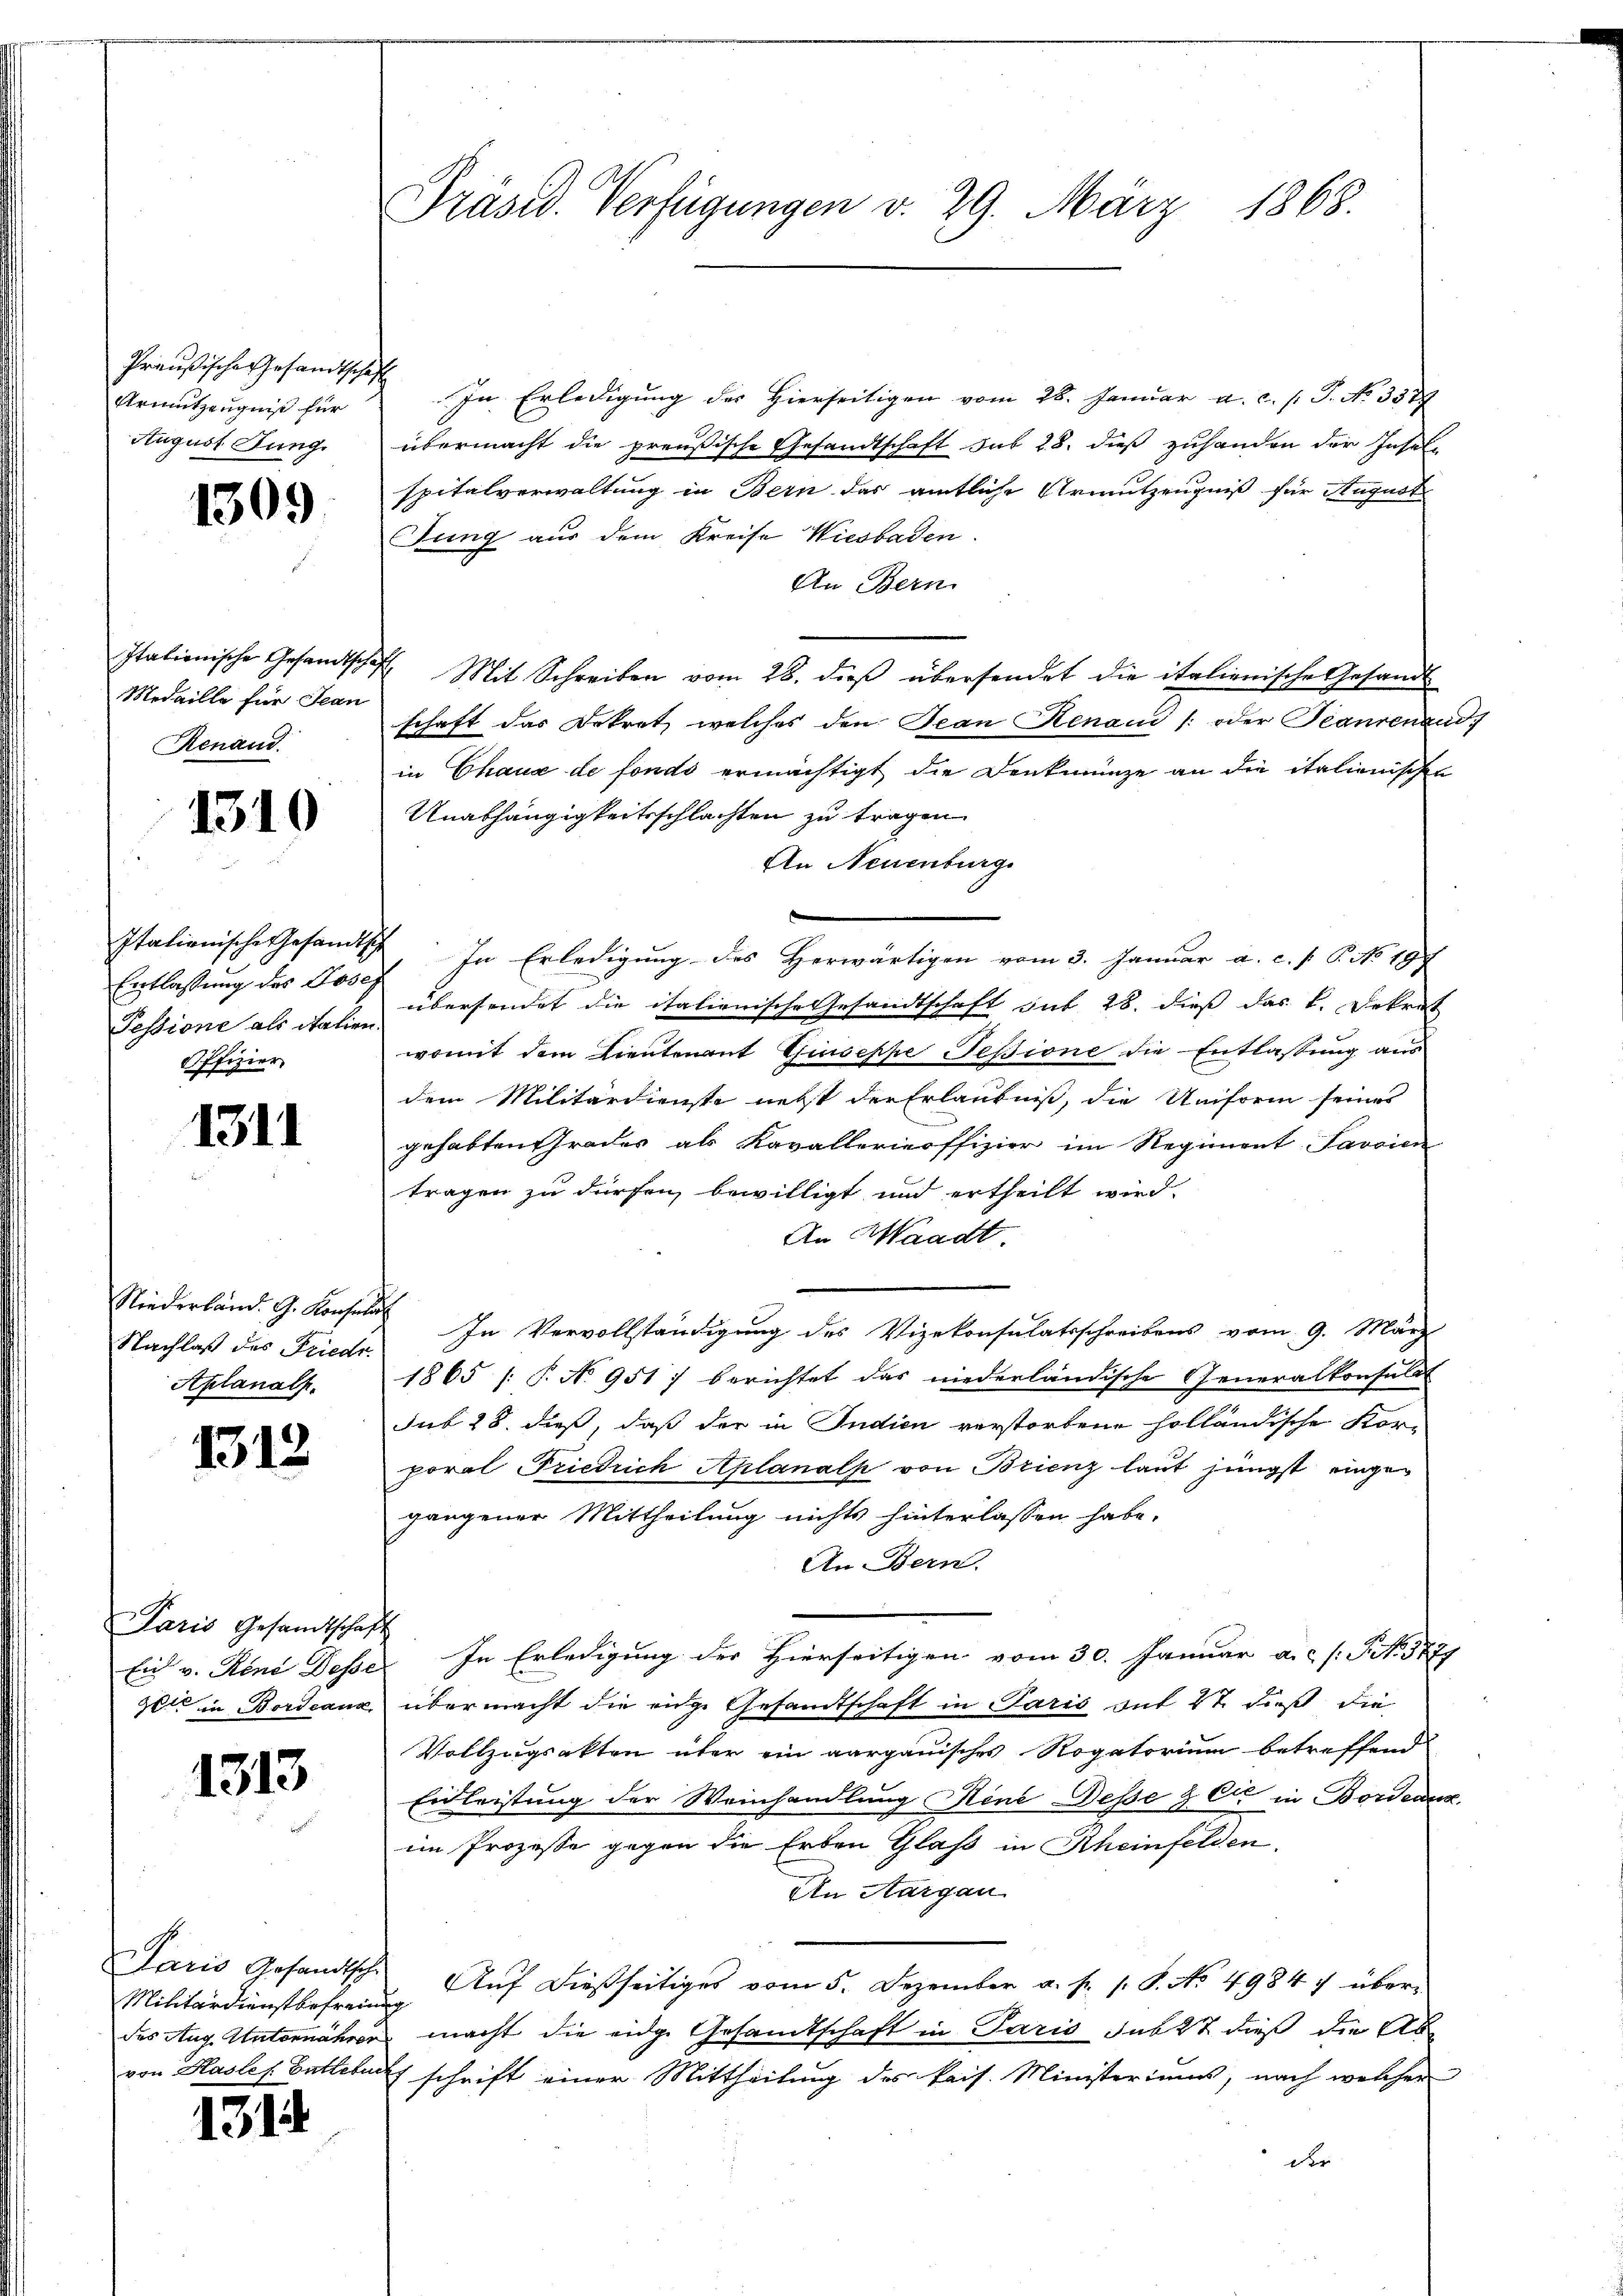
Preußische Gesandtschaf
Armutzeugniß für
August Jung.

1309

Italienische Gesandtsche
Medaille für Jean
Renand.

1310

Entlassung des Josef
Pessione als italien.
Offizier

131

Niederländ. G. Konsulat
Nachlaß des Friedr.
Aplanalp.

1313

Paris Gesandtschaft

1313

Paris Gesandtsch
Militärdienstbefreiung

131

Präsid. Verfügungen v. 29. März 1868.

In Erledigung des Hierseitigen vom 28. Januar a. c. l. J. No. 3377
übermacht die preußische Gesandtschaft sub 28. dieß zuhanden der Inselspitalverwaltung in Bern das amtliche Urmutzeugniß für August
Jung aus dem Kreise Wiesbaden.
An Bern.
F. Mit Schreiben vom 28. dieβ übersendet die italienische Gesandt
schaft das Dekret welches den Tean Renau (: oder Beaurenzad
in Chaux de fondo ermächtigt die Denkmünze an die italienischen
Unabhängigkeitsschlachten zu tragen
An Neuenburg

Italienische Gesandtsch, In Erledigung des Herwärtigen vom 3. Januar a. c. s. B. No. 197
übersendet die italienische Gesandtschaft sub 28. dieß das k. Dekret
womit dem Lieutenant Giuseppe Tessione die Entlassung aus
dem Militärdienste nebst der Erlaubniß, die Uniform seines
gehabten Grades als Kavallerieoffizier im Regiment Saroien
tragen zu dürfen, bewilligt und ertheilt wird.
An Waadt.
In Vervollständigung des Vizekonsulatsschreibens vom 9. März
1865 /: P. No 951) berichtet das niederländische Generalkonsult
Sub 28. dieß, daß der in Indien verstorbene holländische Kor-
poral Friedrich Aplanalp von Brienz laut jüngst eingegangener Mittheilung nichts hinterlassen habe.
An Bern.
Ein v. Rini Desse. In Erledigung der Hierseitigen vom 30. Januar a.c. s. S. No. 5777
20 in Bordeaux, übermacht die eige Gesandtschaft in Paris mit 27 dieß die
Vollzugsakten über ein aargauisches Rogatorium betreffend
Eidleistung der Weinhandlung Hene Desse & Cie in Bordeaux
im Prozesse gegen die Erben Glas in Rheinfelden.
An Aargau
Auf dießseitiges vom 5. Dezember a. p. s. S. No 4984. über-
des Aug. Unternähren macht die eidge Gesandtschaft in Paris sub 27 dieß die Ab-
von Hasles. Battetur schrift einer Mittheilung des kais. Ministeriums, nach welcher
der